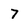
Character: 7